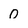
Character: 0